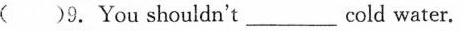
( )9.You shouldn't_cold water.